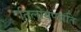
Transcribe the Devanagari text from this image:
तिलोयपन्नति